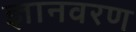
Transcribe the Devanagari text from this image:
ज्ञानवरण